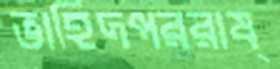
ভাহিদপররাষ্